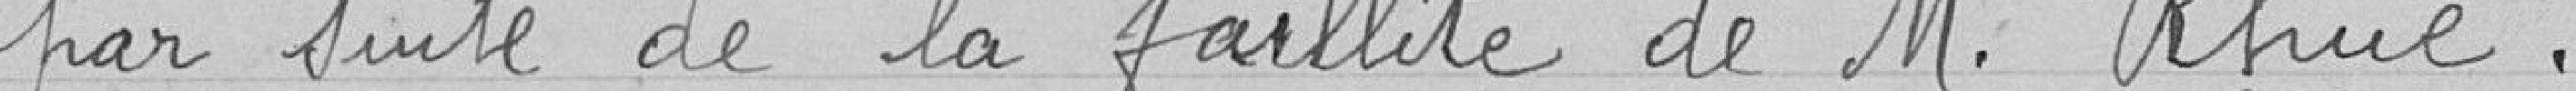
par suite de la faillite de M. Rhué.